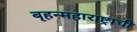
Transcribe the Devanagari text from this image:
बृहन्महाराष्ट्राची